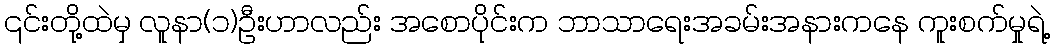
၎င်းတို့ထဲမှ လူနာ(၁)ဦးဟာလည်း အစောပိုင်းက ဘာသာရေးအခမ်းအနားကနေ ကူးစက်မှုရဲ့